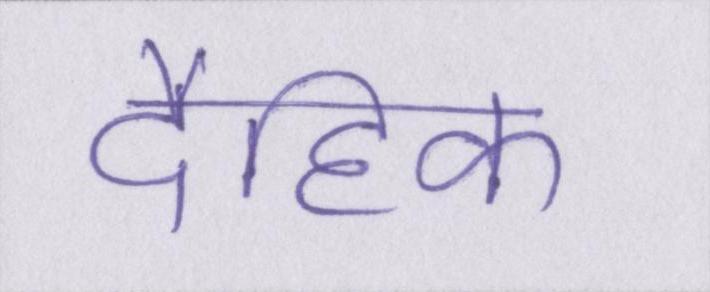
दैहिक